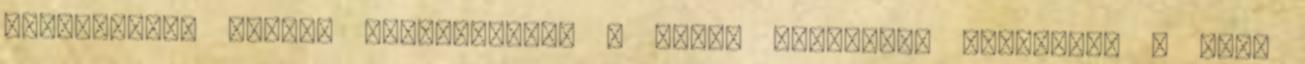
verejtékkel együtt szervezetből a bőrön keresztül távoznak. A finn